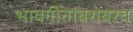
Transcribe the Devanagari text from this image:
भावगीतांबरोबरच